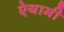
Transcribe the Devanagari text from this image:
ऐयामी